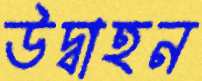
উদ্বাহন